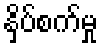
နှိပ်စက်မှု